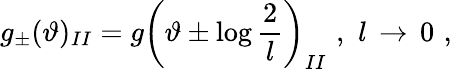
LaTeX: g_{\pm}(\vartheta)_{II}=g\left(\vartheta\pm\log\displaystyle\frac{2}{l}\right)_{II}\, \, ,\, \, l\, \rightarrow\, 0\, \, ,